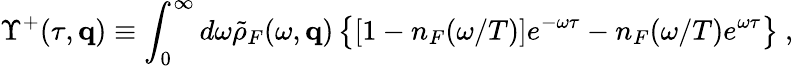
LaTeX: \Upsilon^{+}(\tau,{\mathbf q})\equiv\int_{0}^{\infty}d\omega{\tilde{\rho}}_{F}(\omega,{\mathbf q})\left\{ \left[1-n_{F}(\omega/T)\right]e^{-\omega\tau}-n_{F}(\omega/T)e^{\omega\tau}\right\} \ ,